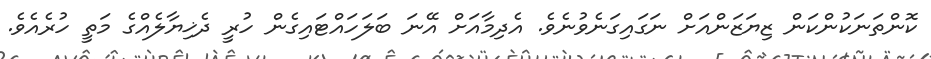
ކޮންތަނަކުންކަން ޒިޔަޒަންއަށް ނަގައިގަނެވުނެވެ. އެދިމާއަށް އޭނަ ބަލަހައްޓައިގެން ހުރީ ދެޚިޔާލެއްގެ މަތީ ހުރެއެވެ.